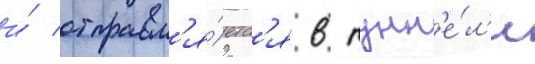
и́ отправл'я́етс'я в тунн'е́л'и